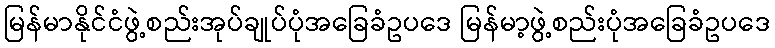
မြန်မာနိုင်ငံဖွဲ့စည်းအုပ်ချုပ်ပုံအခြေခံဥပဒေ မြန်မာ့ဖွဲ့စည်းပုံအခြေခံဥပဒေ